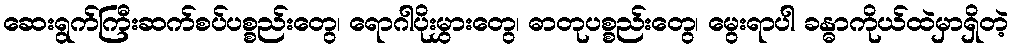
ဆေးရွက်ကြီးဆက်စပ်ပစ္စည်းတွေ၊ ရောဂါပိုးမွှားတွေ၊ ဓာတုပစ္စည်းတွေ၊ မွေးရာပါ ခန္ဓာကိုယ်ထဲမှာရှိတဲ့